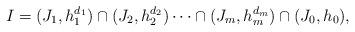
LaTeX: \begin{align*} I = (J_1, h_1^{d_1}) \cap (J_2, h_2^{d_2}) \cdots \cap (J_m, h_m^{d_m}) \cap (J_0, h_0), \end{align*}